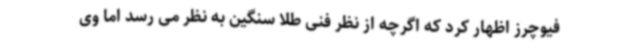
فیوچرز اظهار کرد که اگرچه از نظر فنی طلا سنگین به نظر می رسد اما وی